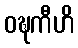
ဝဍ္ဎကီဟိ